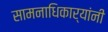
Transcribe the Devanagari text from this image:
सामनाधिकार्‍यांनी